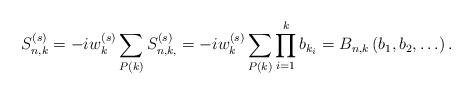
LaTeX: \begin{align*}S^{(s)}_{n,k} &=-i w^{(s)}_k\sum_{P(k)} S^{(s)}_{n,k,} = -i w^{(s)}_k\sum_{P(k)} \prod_{i=1}^k b_{k_i} = B_{n,k} \left( b_1, b_2, \ldots \right) .\end{align*}